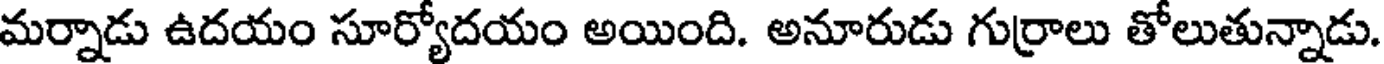
మర్నాడు ఉదయం సూర్యోదయం అయింది. అనూరుడు గుర్రాలు తోలుతున్నాడు.